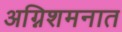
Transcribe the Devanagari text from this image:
अग्निशमनात